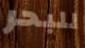
للبحر